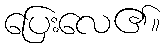
ပြေးလေ၏။